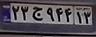
۲۳ج۹۴۴۱۳